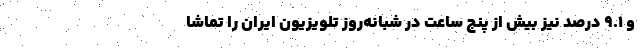
و ۹.۱ درصد نیز بیش از پنج ساعت در شبانه‌روز تلویزیون ایران را تماشا